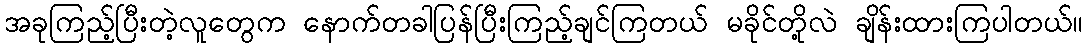
အခုကြည့်ပြီးတဲ့လူတွေက နောက်တခါပြန်ပြီးကြည့်ချင်ကြတယ် မခိုင်တို့လဲ ချိန်းထားကြပါတယ်။